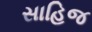
સાહિજ